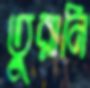
তুরানি